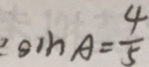
\sin A = \frac { 4 } { 5 }